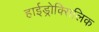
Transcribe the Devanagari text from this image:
हाईड्रोक्सिलिक